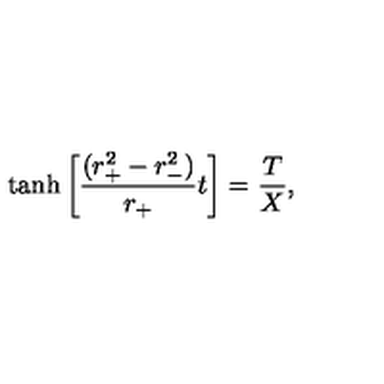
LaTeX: \tanh \left[ { \frac { ( r _ { + } ^ { 2 } - r _ { - } ^ { 2 } ) } { r _ { + } } } t \right] = { \frac { T } { X } } ,